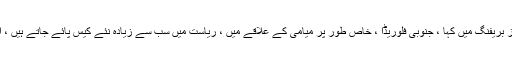
ڈی سنتیس نے اتوار کے روز ایک نیوز بریفنگ میں کہا ، جنوبی فلوریڈا ، خاص طور پر میامی کے علاقے میں ، ریاست میں سب سے زیادہ نئے کیس پائے جاتے ہیں ، اور اس کی زیادہ تر وجہ معاشرتی ہے۔